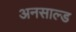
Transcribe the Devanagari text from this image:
अनसाल्ड